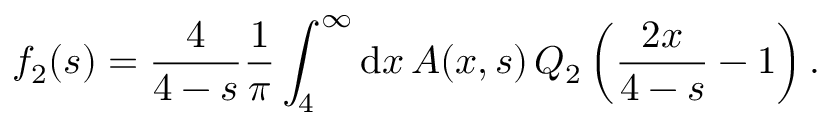
f _ { 2 } ( s ) = { \frac { 4 } { 4 - s } } { \frac { 1 } { \pi } } \int _ { 4 } ^ { \infty } \mathrm { d } x \, A ( x , s ) \, Q _ { 2 } \left( { \frac { 2 x } { 4 - s } } - 1 \right) .